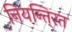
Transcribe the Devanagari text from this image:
नियन्ति्रत